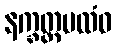
နက္ခတ္တပထံဝ